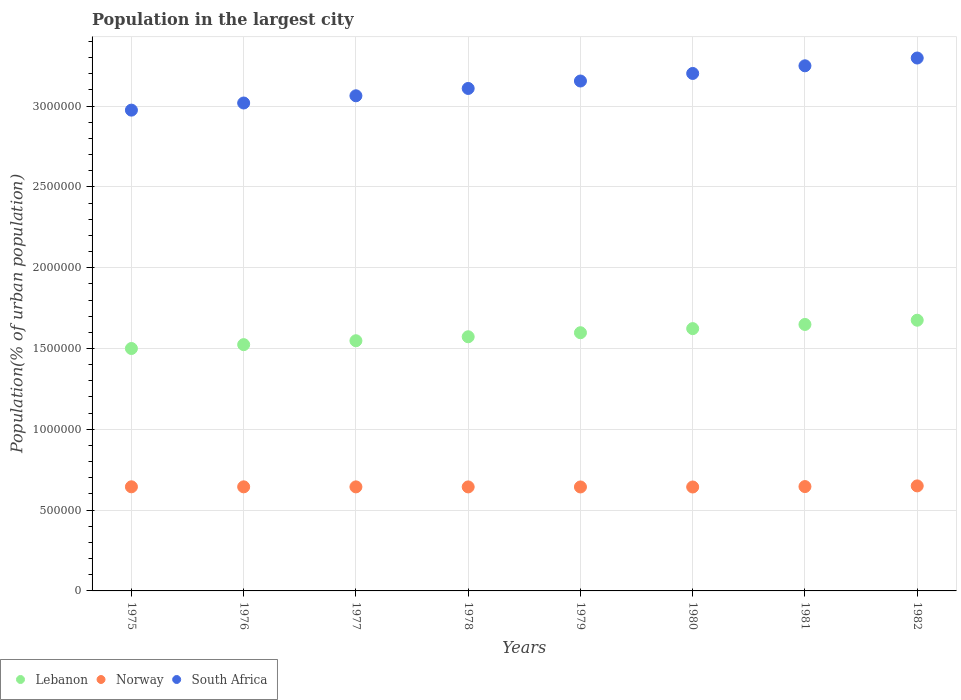
| Years | Lebanon | Norway | South Africa |
 | --- | --- | --- | --- |
 | 1975 | 1.5e+06 | 6.44e+05 | 2.97e+06 |
 | 1976 | 1.52e+06 | 6.44e+05 | 3.02e+06 |
 | 1977 | 1.55e+06 | 6.44e+05 | 3.06e+06 |
 | 1978 | 1.57e+06 | 6.44e+05 | 3.11e+06 |
 | 1979 | 1.6e+06 | 6.43e+05 | 3.16e+06 |
 | 1980 | 1.62e+06 | 6.43e+05 | 3.2e+06 |
 | 1981 | 1.65e+06 | 6.46e+05 | 3.25e+06 |
 | 1982 | 1.68e+06 | 6.5e+05 | 3.3e+06 |